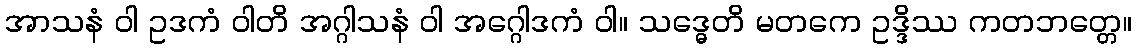
အာသနံ ဝါ ဥဒကံ ဝါတိ အဂ္ဂါသနံ ဝါ အဂ္ဂေါဒကံ ဝါ။ သဒ္ဓေတိ မတကေ ဥဒ္ဒိဿ ကတဘတ္တေ။